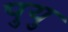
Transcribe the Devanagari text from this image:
पुयु